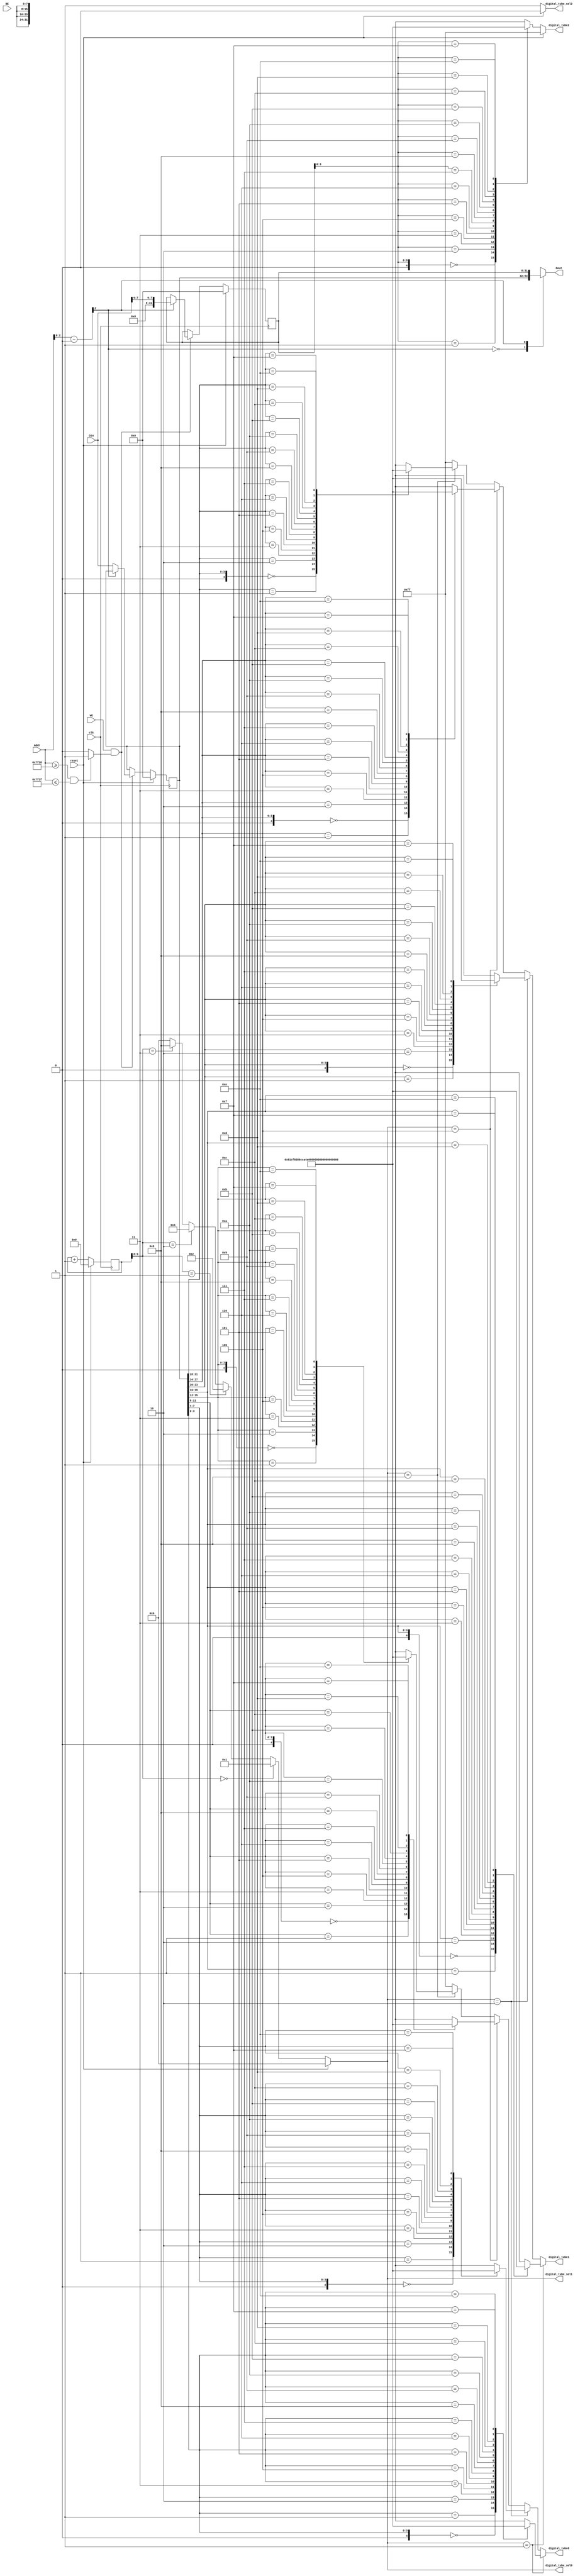
module digital_driver(
    input clk,
    input reset,
    input WE,
    input [3:0] BE,
    input [31:0] Addr,
    input [31:0] Din,
    output [31:0] Dout,
    output [3:0] digital_tube_sel0,
    output [3:0] digital_tube_sel1,
    output digital_tube_sel2,
    output [7:0] digital_tube0,
    output [7:0] digital_tube1,
    output [7:0] digital_tube2
);

reg [31:0] digital_reg [1:0];
reg [9:0] count;
wire CS_Digital;
wire [7:0] tube [18:0];
wire [31:0] offset;

assign  tube[0] = 8'h81,    tube[1] = 8'hcf,    tube[2] = 8'h92,    tube[3] = 8'h86,
        tube[4] = 8'hcc,    tube[5] = 8'ha4,    tube[6] = 8'ha0,    tube[7] = 8'h8f,
        tube[8] = 8'h80,    tube[9] = 8'h84,
        tube[10] = 8'h88,   tube[11] = 8'he0,   tube[12] = 8'hb1,   tube[13] = 8'hc2,
        tube[14] = 8'hb0,   tube[15] = 8'hb8,   tube[16] = 8'hff,   tube[17] = 8'hfe;

assign CS_Digital = (Addr >= 32'h0000_7f38 && Addr <= 32'h0000_7f3f) ? 1'b1 : 1'b0;
assign offset = Addr - 32'h0000_7f38;

assign Dout = digital_reg[offset[2]];
assign digital_tube_sel0 =  (reset)             ?   4'b0000 :
                            (count[9:8]==2'b00) ?   4'b0001 :
                            (count[9:8]==2'b01) ?   4'b0010 :
                            (count[9:8]==2'b10) ?   4'b0100 :
                            (count[9:8]==2'b11) ?   4'b1000 :
                                                    4'b0000;
assign digital_tube_sel1 =  (reset)             ?   4'b0000 :
                            (count[9:8]==2'b00) ?   4'b0001 :
                            (count[9:8]==2'b01) ?   4'b0010 :
                            (count[9:8]==2'b10) ?   4'b0100 :
                            (count[9:8]==2'b11) ?   4'b1000 :
                                                    4'b0000;
assign digital_tube_sel2 =  (reset) ? 1'b0 : 1'b1;
assign digital_tube0    =   (digital_tube_sel0==4'b0001)    ?   tube[digital_reg[0][3:0]]   :
                            (digital_tube_sel0==4'b0010)    ?   tube[digital_reg[0][7:4]]   :
                            (digital_tube_sel0==4'b0100)    ?   tube[digital_reg[0][11:8]]  :
                            (digital_tube_sel0==4'b1000)    ?   tube[digital_reg[0][15:12]] :
                                                                tube[16];
assign digital_tube1    =   (digital_tube_sel1==4'b0001)    ?   tube[digital_reg[0][19:16]] :
                            (digital_tube_sel1==4'b0010)    ?   tube[digital_reg[0][23:20]] :
                            (digital_tube_sel1==4'b0100)    ?   tube[digital_reg[0][27:24]] :
                            (digital_tube_sel1==4'b1000)    ?   tube[digital_reg[0][31:28]] :
                                                                tube[16];
assign digital_tube2    =   (digital_tube_sel2) ?   tube[digital_reg[1][3:0]]   :   tube[16];

always @(posedge clk) begin
    if(reset) begin
        digital_reg[0] <= 32'd0;
        digital_reg[1] <= 32'd0;
        count <= 10'd0;
    end
    else begin
        count <= count + 10'd1;
        if(WE & CS_Digital)
            case (offset[2])
                1'b0: digital_reg[0] <= Din;
                1'b1: digital_reg[1] <= {24'd0, Din[7:0]};
                default: ;
            endcase
    end
end

endmodule // digital_driver